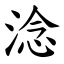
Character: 淰